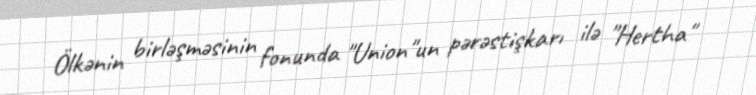
Ölkənin birləşməsinin fonunda "Union"un pərəstişkarı ilə "Hertha"